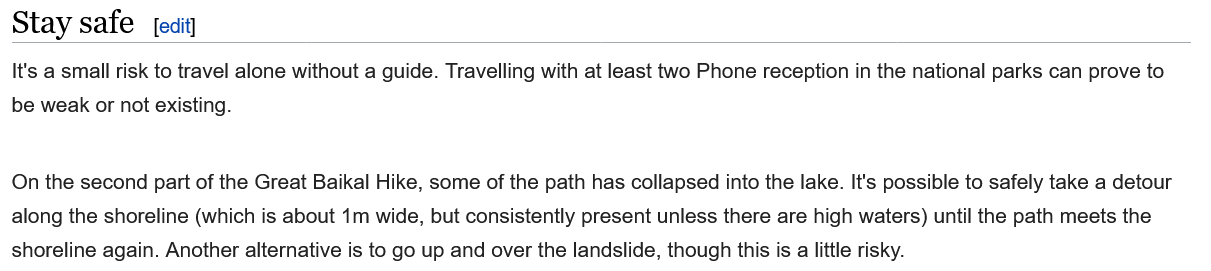
On the second part of the Great Baikal Hike, some of the path has collapsed into the lake. It's possible to safely take a detour
  along the shoreline (which is about 1m wide, but consistently present unless there are high waters) until the path meets the
  shoreline again. Another alternative is to go up and over the landslide, though this is
  a
     little risky.
  It's a small risk to travel alone without a guide. Travelling with at least two Phone reception in the national parks can prove to
  be weak or not existing.
  Stay  safe   [edit]